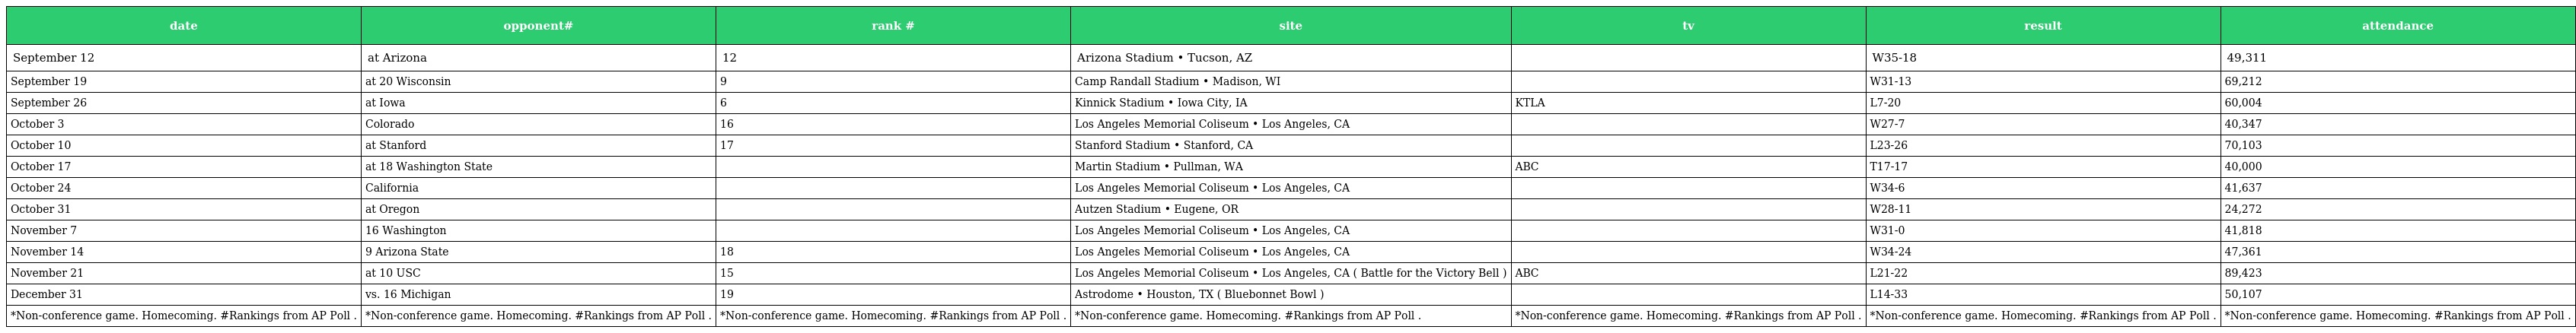
| date | opponent# | rank # | site | tv | result | attendance |
 | --- | --- | --- | --- | --- | --- | --- |
 | September 12 | at Arizona | 12 | Arizona Stadium • Tucson, AZ |  | W35-18 | 49,311 |
 | September 19 | at 20 Wisconsin | 9 | Camp Randall Stadium • Madison, WI |  | W31-13 | 69,212 |
 | September 26 | at Iowa | 6 | Kinnick Stadium • Iowa City, IA | KTLA | L7-20 | 60,004 |
 | October 3 | Colorado | 16 | Los Angeles Memorial Coliseum • Los Angeles, CA |  | W27-7 | 40,347 |
 | October 10 | at Stanford | 17 | Stanford Stadium • Stanford, CA |  | L23-26 | 70,103 |
 | October 17 | at 18 Washington State |  | Martin Stadium • Pullman, WA | ABC | T17-17 | 40,000 |
 | October 24 | California |  | Los Angeles Memorial Coliseum • Los Angeles, CA |  | W34-6 | 41,637 |
 | October 31 | at Oregon |  | Autzen Stadium • Eugene, OR |  | W28-11 | 24,272 |
 | November 7 | 16 Washington |  | Los Angeles Memorial Coliseum • Los Angeles, CA |  | W31-0 | 41,818 |
 | November 14 | 9 Arizona State | 18 | Los Angeles Memorial Coliseum • Los Angeles, CA |  | W34-24 | 47,361 |
 | November 21 | at 10 USC | 15 | Los Angeles Memorial Coliseum • Los Angeles, CA ( Battle for the Victory Bell ) | ABC | L21-22 | 89,423 |
 | December 31 | vs. 16 Michigan | 19 | Astrodome • Houston, TX ( Bluebonnet Bowl ) |  | L14-33 | 50,107 |
 | *Non-conference game. Homecoming. #Rankings from AP Poll . | *Non-conference game. Homecoming. #Rankings from AP Poll . | *Non-conference game. Homecoming. #Rankings from AP Poll . | *Non-conference game. Homecoming. #Rankings from AP Poll . | *Non-conference game. Homecoming. #Rankings from AP Poll . | *Non-conference game. Homecoming. #Rankings from AP Poll . | *Non-conference game. Homecoming. #Rankings from AP Poll . |